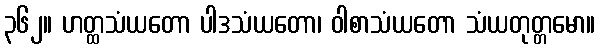
၃၆၂။ ဟတ္ထသံယတော ပါဒသံယတော၊ ဝါစာသံယတော သံယတုတ္တမော။